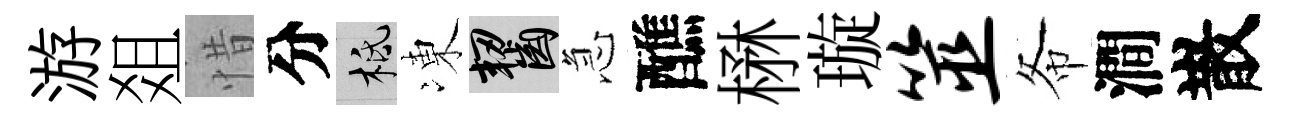
游爼惜分柢凍齧急醮楙璇筮𢁙澗散